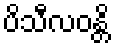
ပိသီလဝန္တိ